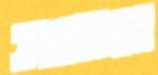
אמות